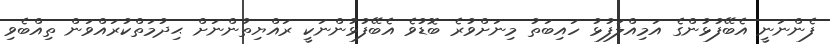
ފެންނަނީ އެބޭފުޅުންގެ އަމިއްލަފުޅު ހައިބަތު މިނަށްވުރެ ބޮޑުވެ އެބޭފުޅުންނަކީ ރައްޔިތުންނަށް ޙިދުމަތްކުރައްވަން ތިއްބެވި